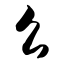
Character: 么